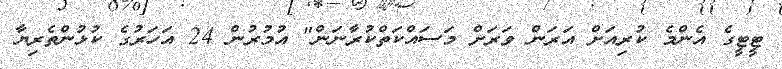
ޓީޓީގެ އެންމެ ކުރިއަށް އަރަން ވަރަށް މަސައްކަތްކުރާނަން" އުމުރުން 24 އަހަރުގެ ކުޅުންތެރިޔާ